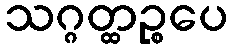
သဂ္ဂတ္ထဉ္စပေ